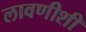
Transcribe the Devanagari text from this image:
लावणीशी